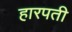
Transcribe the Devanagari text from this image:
हारपती